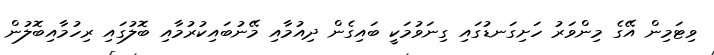
ވިޓަމިން އޭގެ މިންވަރު ހަށިގަނޑުގައި ގިނަވުމަކީ ބައިގެން ދިއުމާއި މޭނުބައިކުރުމާއި ބޮލުގައި ރިހުމާއިބޮލުން